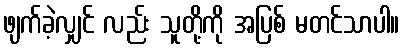
ဖျက်ခဲ့လျှင် လည်း သူတို့ကို အပြစ် မတင်သာပါ။